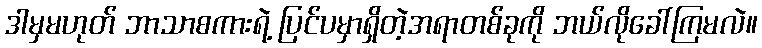
ဒါမှမဟုတ် ဘာသာစကားရဲ့ ပြင်ပမှာရှိတဲ့အရာတစ်ခုကို ဘယ်လိုခေါ်ကြမလဲ။